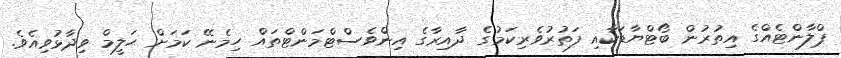
ޕްލާންޓެއްގެ އިތުރުން ބޯޓްޔާޑަކާއި ފަތުރުވެރިކަމުގެ ދާއިރާގެ އިންވެސްޓްމަންޓްތައް ހިމެނޭ ކަމަށް ޙަލީމް ވިދާޅުވިއެވެ.